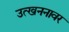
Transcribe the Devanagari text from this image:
उत्खननावर